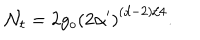
LaTeX: \mathcal { N } _ { t } = 2 g _ { o } \left( 2 \alpha ^ { \prime } \right) ^ { ( d - 2 ) / 4 } .